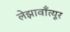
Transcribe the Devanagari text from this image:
लेझावाँत्यूर